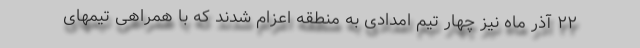
۲۲ آذر ماه نیز چهار تیم امدادی به منطقه اعزام شدند که با همراهی تیمهای